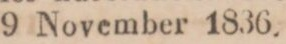
9 November 1836.